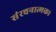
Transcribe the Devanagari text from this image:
संरचनात्मक।